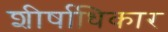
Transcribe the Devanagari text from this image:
शीर्षाधिकार